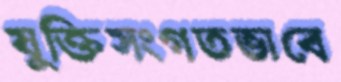
যুক্তিসংগতভাবে